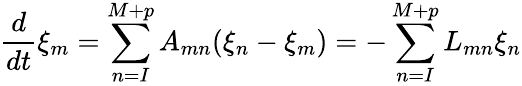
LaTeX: \frac{d}{dt}\xi_{m}=\sum_{n=I}^{M+p}A_{mn}(\xi_{n}-\xi_{m})=-\sum_{n=I}^{M+p}L_{mn}\xi_{n}